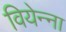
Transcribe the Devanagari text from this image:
वियेन्ना